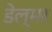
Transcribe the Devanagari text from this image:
डेल्मर